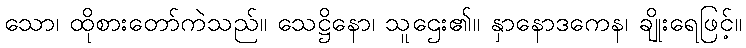
သော၊ ထိုစားတော်ကဲသည်။ သေဋ္ဌိနော၊ သူဌေး၏။ နှာနောဒကေန၊ ချိုးရေဖြင့်။